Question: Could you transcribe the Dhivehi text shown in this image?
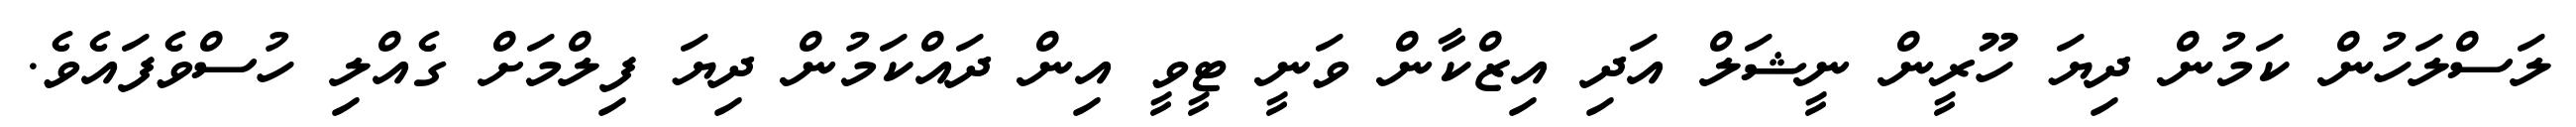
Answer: ލަސްލަހުން ކަމުން ދިޔަ ހޫރީން ނީޝަލް އަދި އިޒްކާން ވަނީ ޓީވީ އިން ދައްކަމުން ދިޔަ ފިލްމަށް ގެއްލި ހުސްވެފައެވެ.